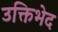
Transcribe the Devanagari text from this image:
उक्तिभेद